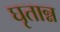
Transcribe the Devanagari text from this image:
घृतान्न